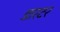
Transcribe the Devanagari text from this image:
डारटर